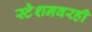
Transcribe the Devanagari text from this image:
स्टेशनवरही